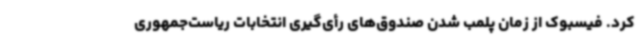
کرد. فیسبوک از زمان پلمب شدن صندوق‌های رأی‌گیری انتخابات ریاست‌جمهوری